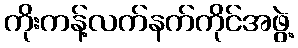
ကိုးကန့်လက်နက်ကိုင်အဖွဲ့